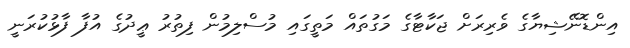
އިންޑޮނޭޝިޔާގެ ވެރިރަށް ޖަކާޓާގެ މަގުތައް މަތީގައި މުސްލިމުން ފިތުރު ޢީދުގެ އުފާ ފާޅުކުރަނީ